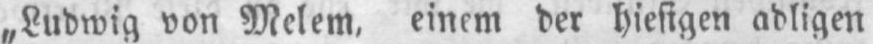
„Ludwig von Melem, einem der hiesigen adligen